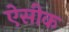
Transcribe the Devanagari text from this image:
ऐसीक